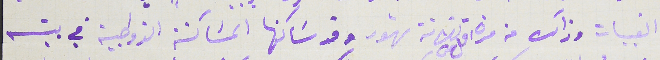
القبيات وذالك من مدة اقل من ثلاثة شهور وقد سَاكنها المسَاكنة الزوجية في بيته